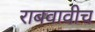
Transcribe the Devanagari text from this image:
राबवावीच